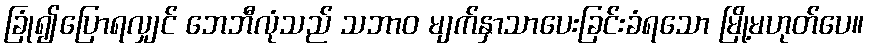
ခြုံ၍ပြောရလျှင် ဘေဘီလုံသည် သဘာဝ မျက်နှာသာပေးခြင်းခံရသော မြို့မဟုတ်ပေ။